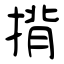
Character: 揹